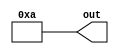
module top(out);
	function integer operation;
		input integer num;
		localparam incr = 1;
		localparam mult = 1;
		begin
			operation = 0;
			begin : op_i
				integer i;
				for (i = 0; i * mult < 2; i = i + incr)
				begin : op_j
					integer j;
					localparam other_mult = 2;
					for (j = i; j < i * other_mult; j = j + incr)
						num = num + incr;
				end
				num = num * 2;
			end
			operation = num;
		end
	endfunction

	localparam res = operation(4);
	output wire [31:0] out;
	assign out = res;
endmodule